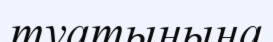
туатынына